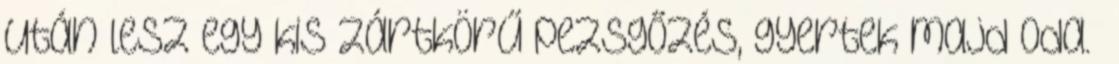
után lesz egy kis zártkörű pezsgőzés, gyertek majd oda.”